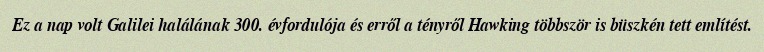
Ez a nap volt Galilei halálának 300. évfordulója és erről a tényről Hawking többször is büszkén tett említést.